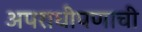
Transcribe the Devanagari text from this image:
अपराधीपणाची